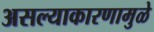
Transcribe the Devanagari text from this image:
असल्याकारणामुळे